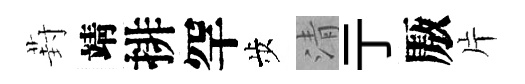
葑靖排罕歩清亍厫片